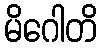
မိဂေါတိ